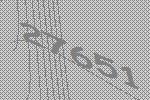
27651